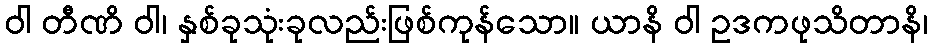
ဝါ တီဏိ ဝါ၊ နှစ်ခုသုံးခုလည်းဖြစ်ကုန်သော။ ယာနိ ဝါ ဥဒကဖုသိတာနိ၊